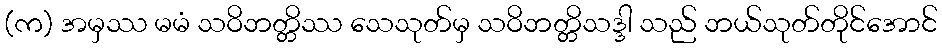
(က) အမှဿ မမံ သဝိဘတ္တိဿ သေသုတ်မှ သဝိဘတ္တိသဒ္ဒါ သည် ဘယ်သုတ်တိုင်အောင်